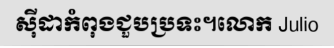
ស៊ីដាកំពុងជួបប្រទះ។លោក Julio